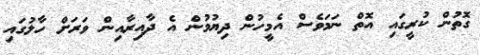
ގޮތުން ކުރީގައި އޮތް ނަމަވެސް އެމީހުން ދިޔުމުން އެ ދާއިރާއިން ވަރަށް ހާލުގައި